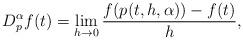
LaTeX: \begin{align*}D_p^{\alpha} f(t) = \lim_{h\to 0} \frac{f(p(t,h,\alpha))-f(t)}{h},\end{align*}